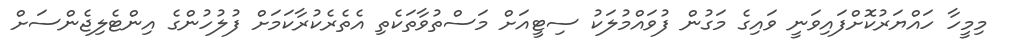
މިމީހާ ހައްޔަރުކޮށްފައިވަނީ ވައިގެ މަގުން ފުވައްމުލަކު ސިޓީއަށް މަސްތުވާތަކެތި އެތެރެކުރާކަމަށް ފުލުހުންގެ އިންޓެލިޖެންސަށް